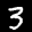
Label: 3